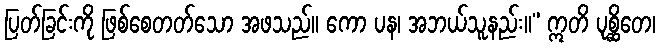
ပြတ်ခြင်းကို ဖြစ်စေတတ်သော အဖသည်။ ကော ပန၊ အဘယ်သူနည်း။” ဣတိ ပုစ္ဆိတေ၊